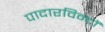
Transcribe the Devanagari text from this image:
पादारविन्दों